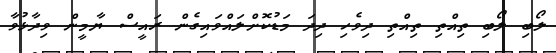
ލޯބި ލޯބި ތިއްތި ތިއްތި ދިވެހި ދިދަ މަޑުކޮށްލައްވައިގެން ރައީސް ޔާމީން ވިދާޅުވާ